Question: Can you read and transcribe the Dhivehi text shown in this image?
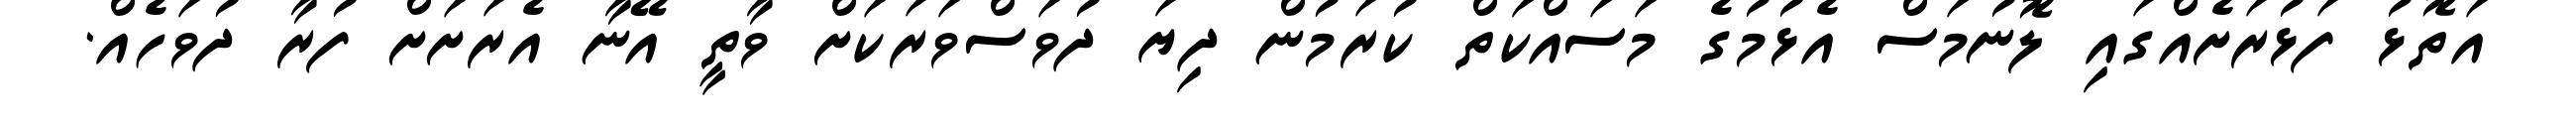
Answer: އަތޮޅު ފަޅުރަށެއްގައި ލޮނުމަސް އެޅުމުގެ މަސައްކަތް ކުރަމުން ދިޔަ ދުވަސްވަރަކަށް ވާތީ އޭނާ އެރަށަށް ފުރާ ދުވަހެއް.